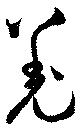
羗